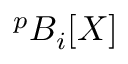
{ } ^ { p } B _ { i } [ X ]